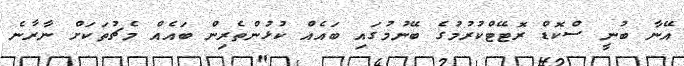
އޭނާ ބުނީ ސްކޮޑް ރޮޓޭޓްކުރުމުގެ ބޭނުމުގައި ބައެއް ކުޅުންތެރިން ބައެއް މެޗުތަކަށް ނާރާނެ